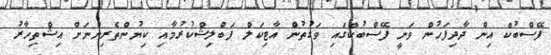
ފޭސްބުކް އިން ދާދިފަހުން ވަނީ ފޭސްބުކްގައި ވަގުތުން އާޓިކަލް ޕަބްލިޝްކުރުމާއި ކިޔުންތެރިންނަށް އިޝްތިހާރު